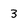
Character: 3